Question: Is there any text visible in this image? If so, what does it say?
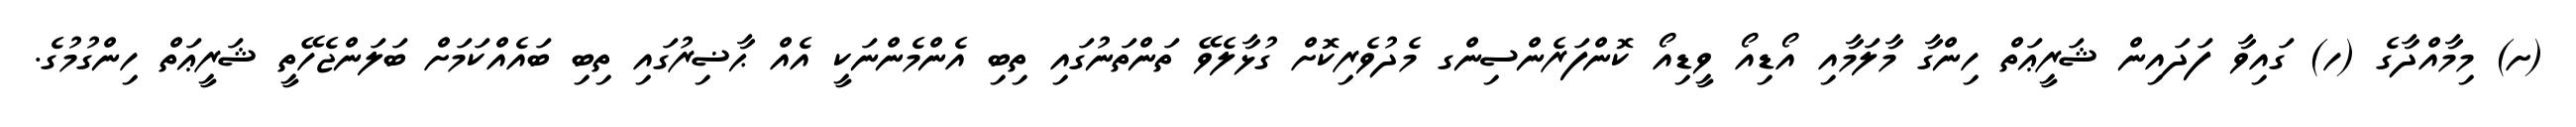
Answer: (ށ) މިމާއްދާގެ (ހ) ގައިވާ ފަދައިން ޝަރީޢަތް ހިންގާ މާލަމާއި އޯޑިއޯ ވީޑިއޯ ކޮންފަރެންސިންގ މެދުވެރިކޮށް ގުޅާލެވޭ ތަންތަނުގައި ތިބި އެންމެންނަކީ އެއް ޙާޟިރުގައި ތިބި ބައެއްކަމަށް ބަލަންޖެހޭތީ ޝަރީޢަތް ހިންގުމުގެ.